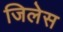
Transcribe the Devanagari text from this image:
जिलेस